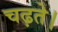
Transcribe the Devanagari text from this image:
चढ़ते।